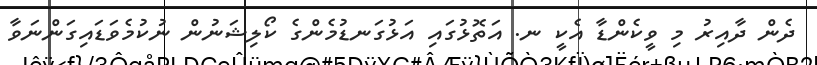
ދެން ދާއިރު މި ވީކެންޑާ އެކީ ނ. އަތޮޅުގައި އަޅުގަނޑުމެންގެ ކޯލިޝަނުން ނުކުމެވަޑައިގަންނަވާ